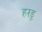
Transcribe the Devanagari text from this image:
हरडू